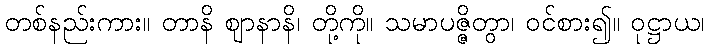
တစ်နည်းကား။ တာနိ ဈာနာနိ၊ တို့ကို။ သမာပဇ္ဇိတွာ၊ ဝင်စား၍။ ဝုဋ္ဌာယ၊